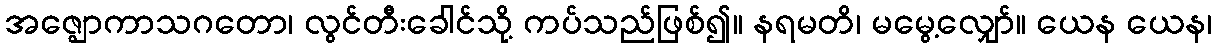
အဇ္ဈောကာသဂတော၊ လွင်တီးခေါင်သို့ ကပ်သည်ဖြစ်၍။ နရမတိ၊ မမွေ့လျှော်။ ယေန ယေန၊